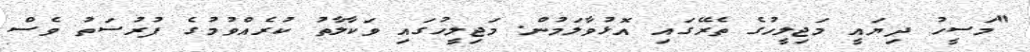
"މަސީހު ދިޔައީ މަޖިލީހުގެ ތެރޭގައި އޮޅުވާލަމުން. މަޖިލީހުގައި ވަކާލާތު ކުރެއްވުމުގެ ފުރުސަތު ވެސް